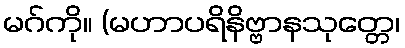
မဂ်ကို။ (မဟာပရိနိဗ္ဗာနသုတ္တေ၊